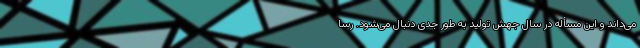
می‌داند و این مسأله در سال جهش تولید به طور جدی دنبال می‌شود. رسا